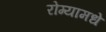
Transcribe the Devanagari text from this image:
रोग्यामधे